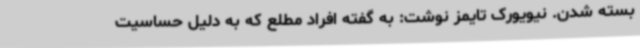
بسته شدن. نیویورک تایمز نوشت: به گفته افراد مطلع که به دلیل حساسیت